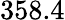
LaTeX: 358.4